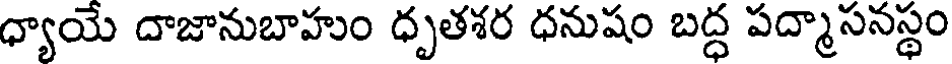
ధ్యాయే దాజానుబాహుం ధృతశర ధనుషం బద్ధ పద్మాసనస్థం